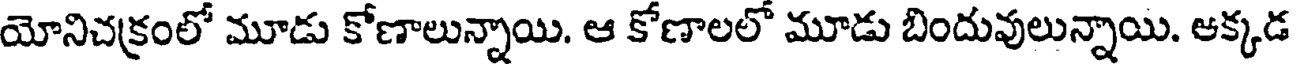
యోనిచక్రంలో మూడు కోణాలున్నాయి. ఆ కోణాలలో మూడు బిందువులున్నాయి. అక్కడ